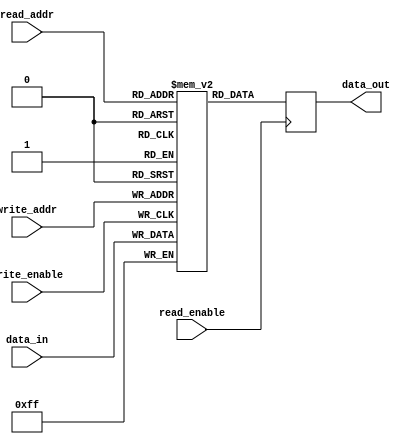
module register_file (
    input wire [7:0] data_in,
    input wire [2:0] read_addr,
    input wire [2:0] write_addr,
    input wire write_enable,
    input wire read_enable,
    output wire [7:0] data_out
);

reg [7:0] registers [7:0];

always @ (posedge write_enable)
    if (write_enable)
        registers[write_addr] <= data_in;

always @ (posedge read_enable)
    if (read_enable)
        data_out <= registers[read_addr];

endmodule